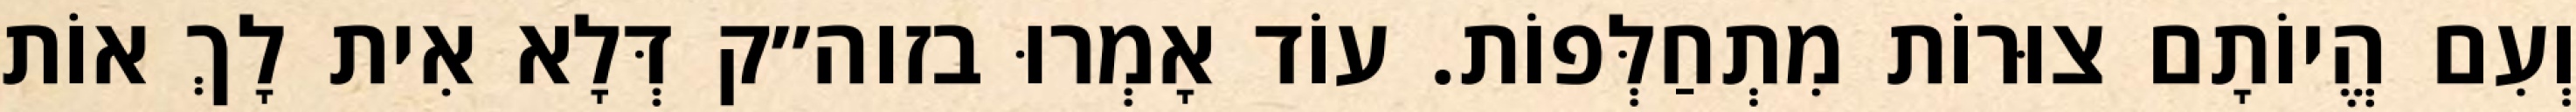
וְעִם הֱיוֹתָם צוּרוֹת מִתְחַלְּפוֹת. עוֹד אָמְרוּ בזוה״ק דְּלָא אִית לָךְ אוֹת